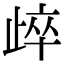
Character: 㱖